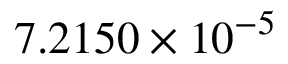
7 . 2 1 5 0 \times 1 0 ^ { - 5 }